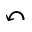
\curvearrowleft